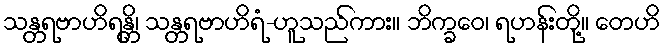
သန္တရဗာဟိရန္တိ၊ သန္တရဗာဟိရံ-ဟူသည်ကား။ ဘိက္ခဝေ၊ ရဟန်းတို့။ တေဟိ